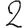
Digit: 2